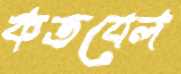
কতবেল